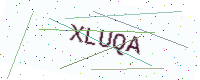
Text: XLUQA